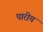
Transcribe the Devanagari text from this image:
पारीय